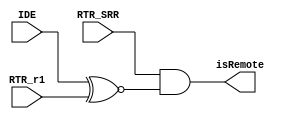
module DatavsRemote(
RTR_SRR,
IDE,
RTR_r1,
isRemote
);
	input RTR_SRR, IDE, RTR_r1;
	output isRemote;
	assign isRemote = RTR_SRR & (IDE ~^ RTR_r1);
endmodule